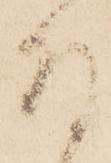
召